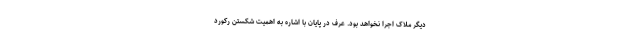
دیگر ملاک اجرا نخواهد بود. عرف در پایان با اشاره به اهمیت شکستن رکورد